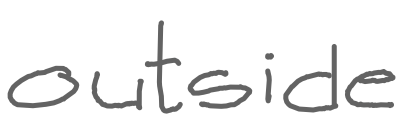
Text: outside
Cross-out: clean
Writing tool: digital_gray